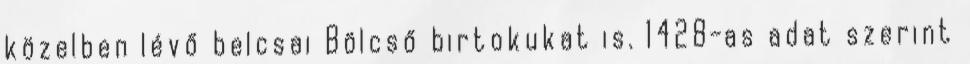
közelben lévő belcsai Bölcső birtokukat is. 1428-as adat szerint